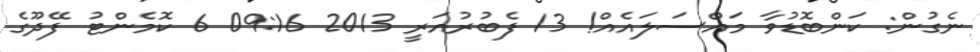
ނެގުން: ކަންބޮޑުވާ މައްސަލައެއް! 13 ފެބުރުއަރީ 2013 09:16 6 ކޮމެންޓު ފޭދޫގެ